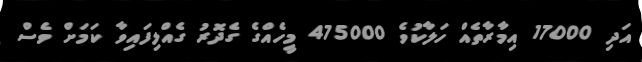
އަދި 17000 އިމާރާތެއް ހަލާކުވެ 475000 މީހެއްގެ ގެދޮރު ގެއްލިފައިވާ ކަމަށް ވެސް